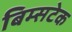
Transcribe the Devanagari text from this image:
बिम्सटेक